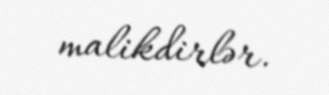
malikdirlər.